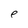
Character: e